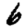
Digit: 6